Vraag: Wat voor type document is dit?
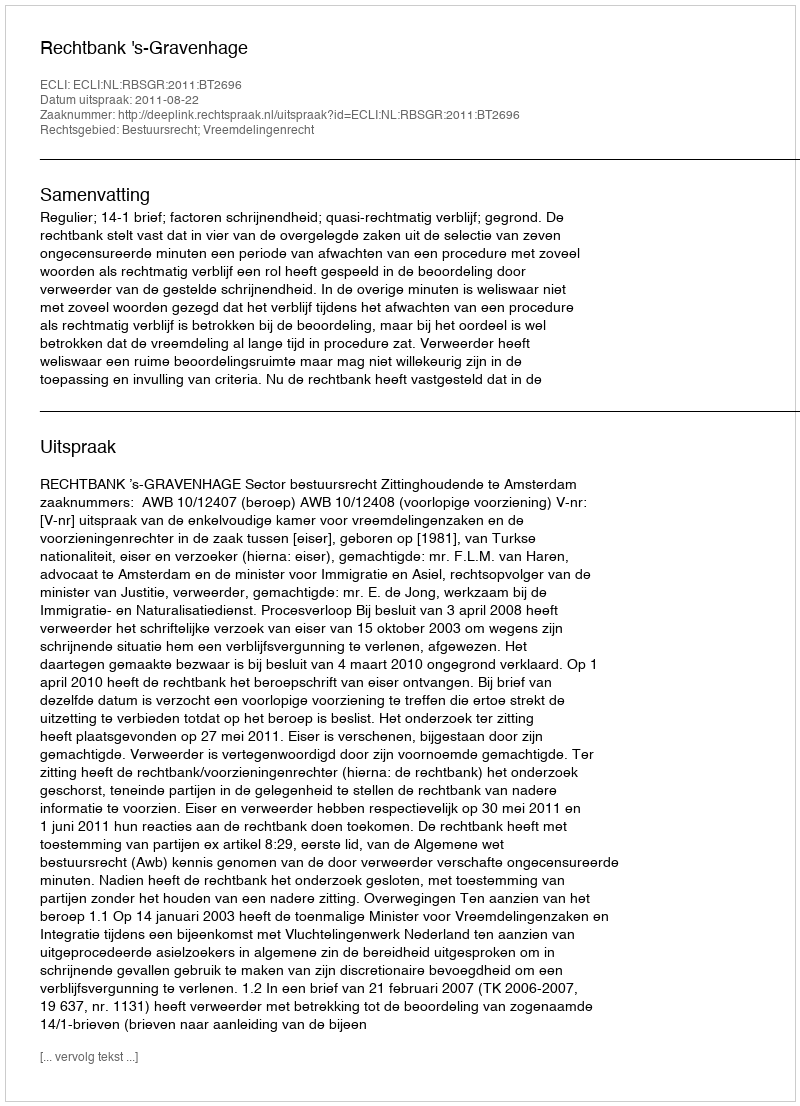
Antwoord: Uitspraak